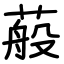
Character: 蒰